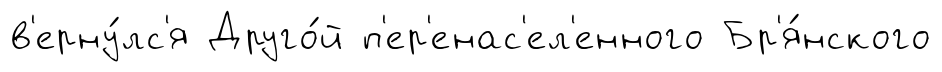
в'ерну́лс'я Друго́й п'ер'енас'ел'енного Бр'я́нского